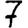
Digit: 7